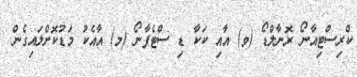
ކްރިސްޓިއާނޯ ރޮނާލްޑޯ (ވ) އާއި ކަކާ ޑި ސްޓެފާނޯ (މ) އާއެކު މަޑުކޮށްލައިގެން.